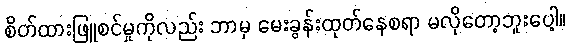
စိတ်ထားဖြူစင်မှုကိုလည်း ဘာမှ မေးခွန်းထုတ်နေစရာ မလိုတော့ဘူးပေါ့။